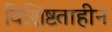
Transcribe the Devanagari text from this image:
विशिष्टताहीन